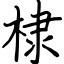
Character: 棣